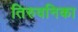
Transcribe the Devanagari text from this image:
तिरुवनिका